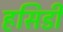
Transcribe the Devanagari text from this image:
हसिडी